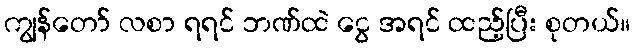
ကျွန်တော် လစာ ရရင် ဘဏ်ထဲ ငွေ အရင် ထည့်ပြီး စုတယ်။